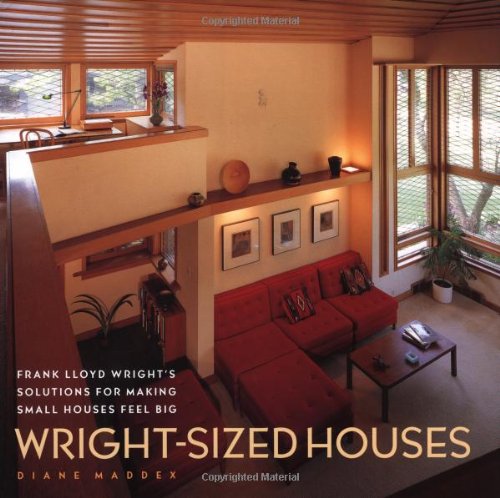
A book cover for Wright-Sized Houses: Frank Lloyd Wright's Solutions for Making Small Houses Feel Big; Diane Maddex; Crafts, Hobbies & Home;